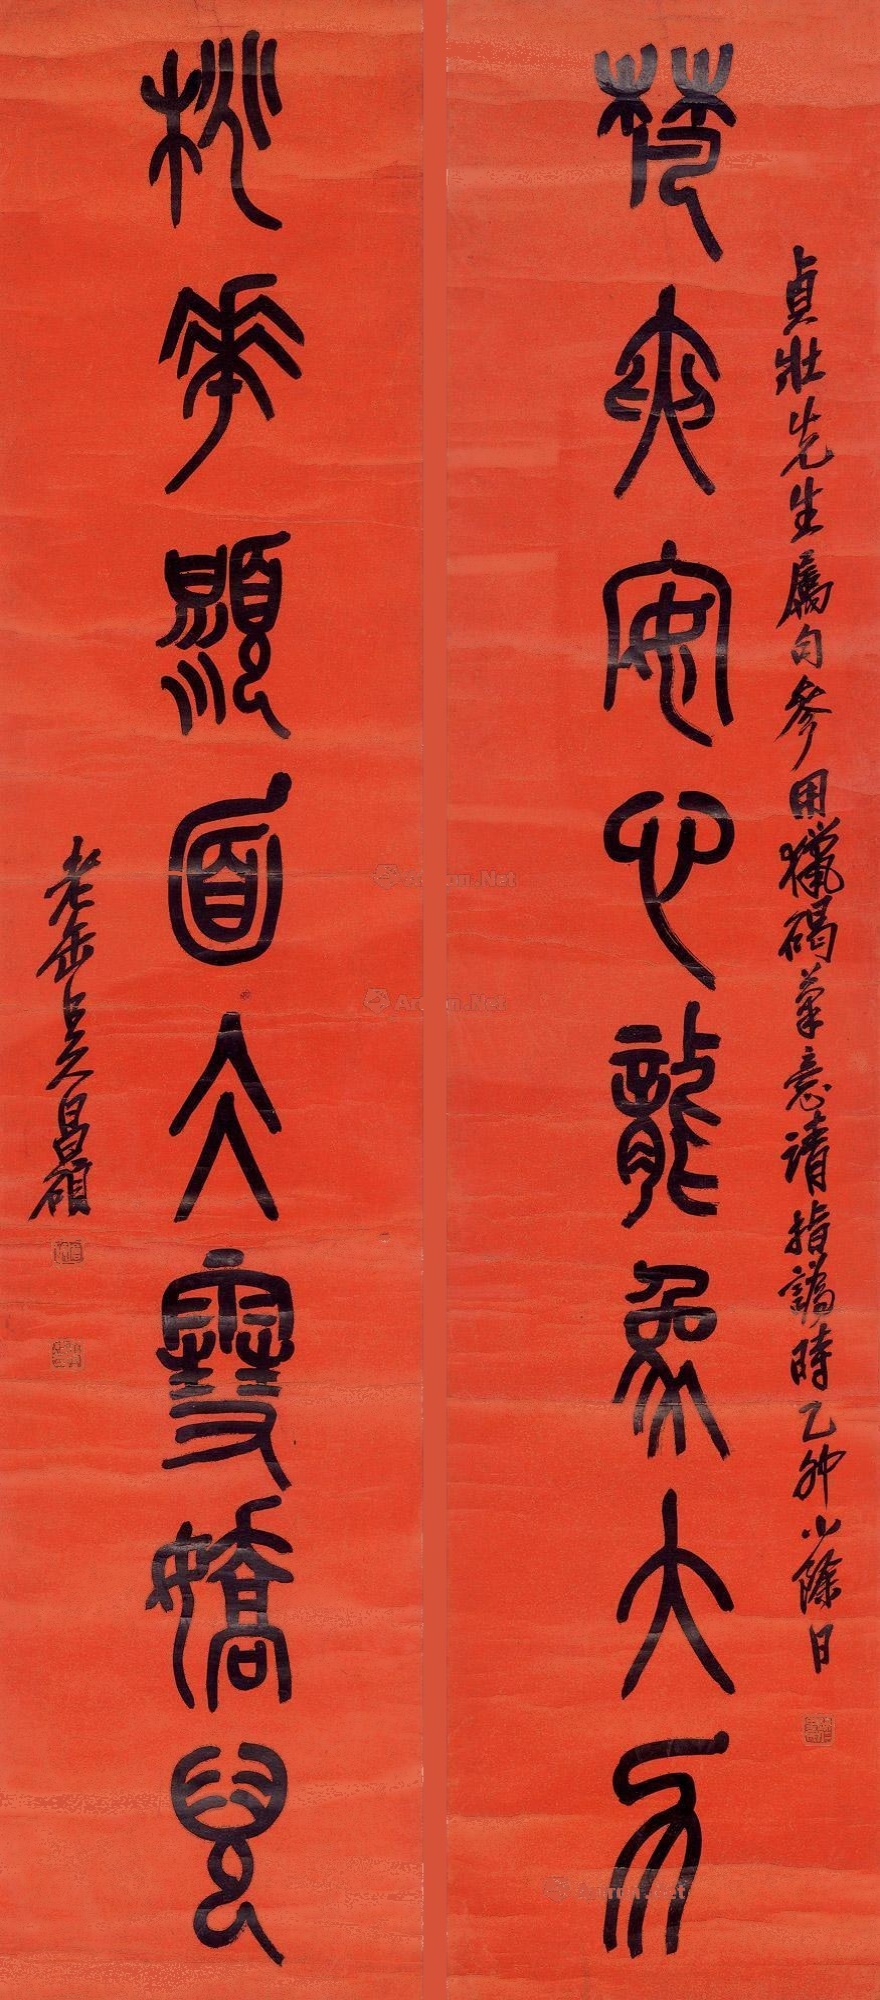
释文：梵夹安心龙象大力；桃花显面冰雪娇儿。贞壮先生属句。参用猎碣笔意，请指譌。时乙卯小除日。老缶吴昌硕。